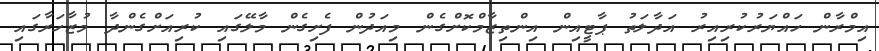
އިމްރާން ހައްޔަރުކުރިއިރު އަދާލަތު ޕާޓީއިން އިންތިޒާމްކޮށްގެން މިއަދުން ފެށިގެން މާލޭގައި ކުރިއަށްގެންދާ މުޒާހަރާގައި